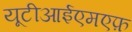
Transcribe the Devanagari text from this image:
यूटीआईएमएफ़